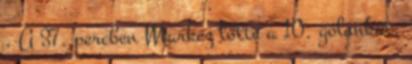
. A 37. percben Markez lőtte a 10. gólunkat,